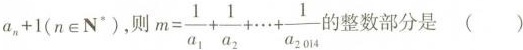
a_{n} + 1(n∈N^{*})，则$$ m = \frac{1}{a_{1}} + \frac{1}{a_{2}} + \cdots + \frac{1}{a_{2014}} $$的整数部分是（）